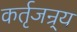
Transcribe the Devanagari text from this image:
कर्तृजन्र्य